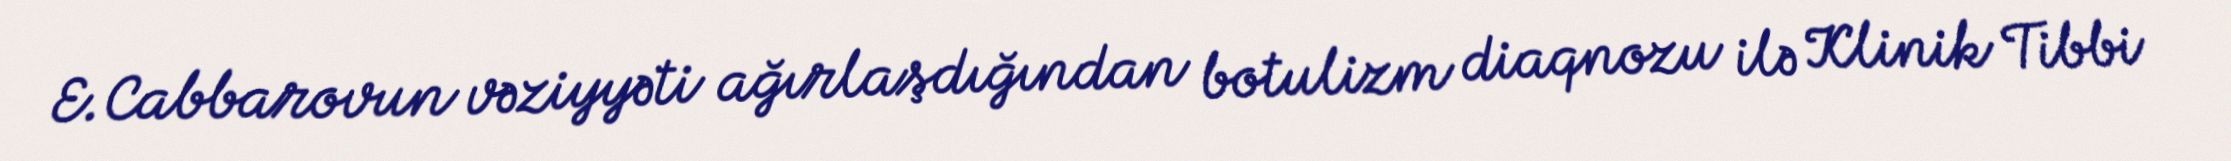
E.Cabbarovun vəziyyəti ağırlaşdığından botulizm diaqnozu ilə Klinik Tibbi